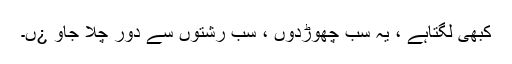
کبھی لگتاہے ، یہ سب چھوڑدوں ، سب رشتوں سے دور چلا جاو ¿ں۔